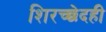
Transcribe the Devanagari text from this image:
शिरच्छेदही